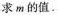
求m的值.